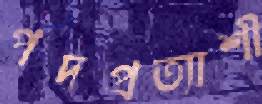
পদপ্রত্যাশী